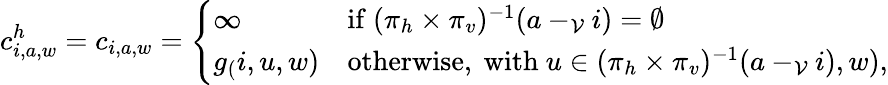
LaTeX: c_{i,a,w}^{h}=c_{i,a,w}=\left\{ \begin{array}{ll}{\infty\quad}&{\mathrm{if~}(\pi_{h}\times\pi_{v})^{-1}(a-_{\mathcal{V}}i)=\emptyset}\\ {g_(i,u,w)}&{\mathrm{otherwise,~with~}u\in(\pi_{h}\times\pi_{v})^{-1}(a-_{\mathcal{V}}i),w),}\end{array}\right.